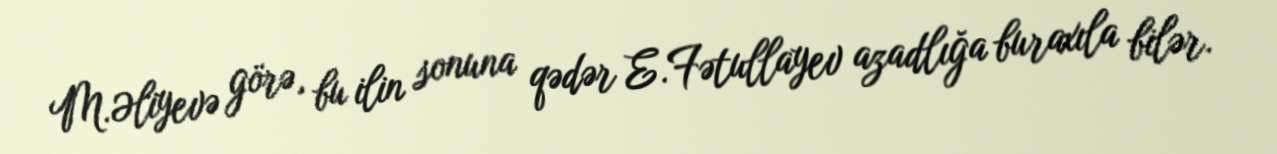
M.Əliyevə görə, bu ilin sonuna qədər E.Fətullayev azadlığa buraxıla bilər.